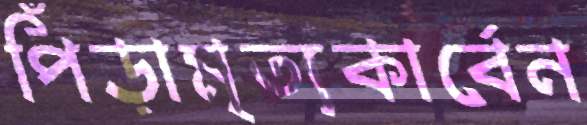
পিঁড়ামৃত্যকার্বেন